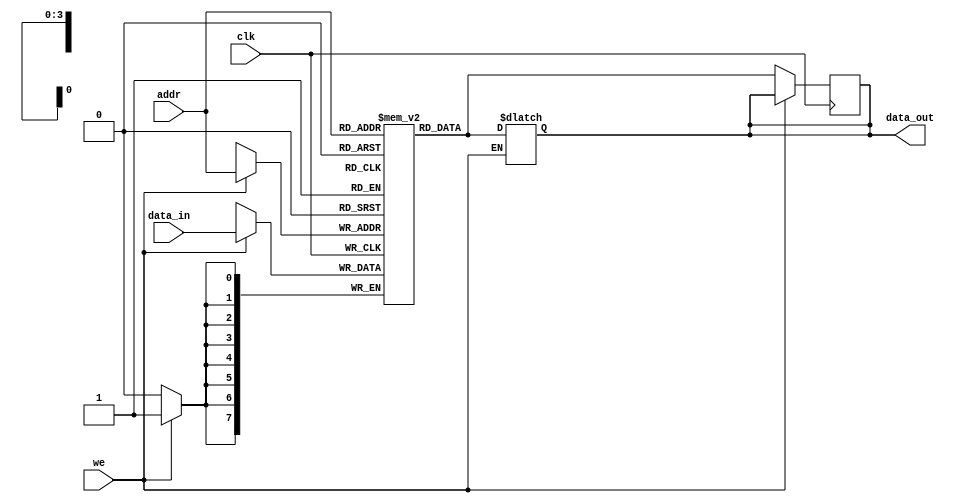
module parameterized_ram #(
    parameter DATA_WIDTH = 8,   // Width of each memory word
    parameter ADDR_WIDTH = 4     // Address width (number of addressable locations = 2^ADDR_WIDTH)
)(
    input wire clk,              // Clock signal
    input wire we,               // Write enable (active high)
    input wire [ADDR_WIDTH-1:0] addr, // Address input
    input wire [DATA_WIDTH-1:0] data_in, // Data input
    output reg [DATA_WIDTH-1:0] data_out // Data output
);

    // Memory array declaration
    reg [DATA_WIDTH-1:0] memory [(2**ADDR_WIDTH)-1:0];

    // Synchronous read/write operation
    always @(posedge clk) begin
        if (we) begin
            // Write operation
            memory[addr] <= data_in;
        end else begin
            // Read operation
            data_out <= memory[addr];
        end
    end

    // Optional: Asynchronous read operation
    always @(*) begin
        if (!we) begin
            // If not writing, output the data at the address immediately
            data_out = memory[addr];
        end
    end

    // Optional: Asynchronous reset functionality
    // Uncomment the following lines if reset functionality is needed
    /*
    input wire reset, // Asynchronous reset input
    always @(posedge reset or posedge clk) begin
        if (reset) begin
            // Initialize memory to zero or any predefined state
            integer i;
            for (i = 0; i < (2**ADDR_WIDTH); i = i + 1) begin
                memory[i] <= {DATA_WIDTH{1'b0}}; // Initialize to zero
            end
        end else begin
            if (we) begin
                memory[addr] <= data_in;
            end else begin
                data_out <= memory[addr];
            end
        end
    end
    */

endmodule